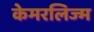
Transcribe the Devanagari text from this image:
केमरलिज्म